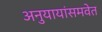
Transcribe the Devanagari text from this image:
अनुयायांसमवेत